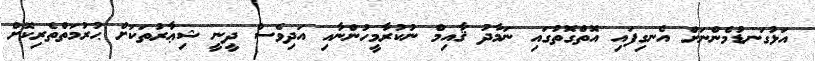
އަޅުގަނޑުމެންނަށް އެނގިފައި އޮތްގޮތުގައި ނަމާދު ޤާއިމް ނުކުރާމީހުންނާއި އަދިވެސް ދީނީ ޝިޢާރުތަކަށް ޙުރުމަތްތެރިކޮށް